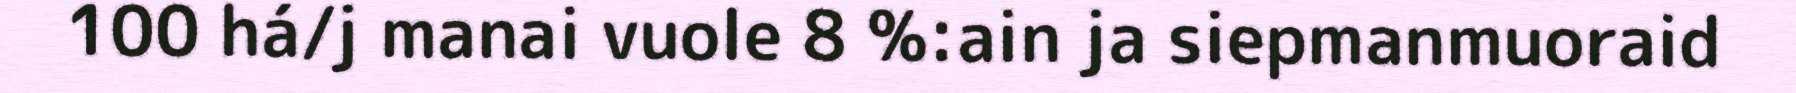
100 há/j manai vuole 8 %:ain ja siepmanmuoraid